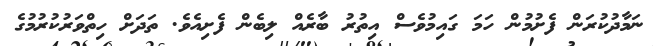
ނަމާދުކުރަން ފެށުމުން ހަމަ ގައިމުވެސް އިތުރު ބާރެއް ލިބެން ފެށިއެވެ. ތަދަށް ހިތްވަރުކުރުމުގެ